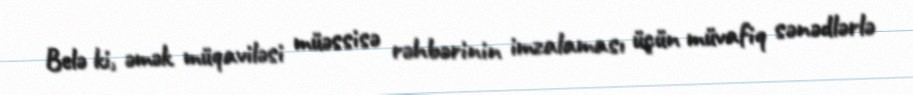
Belə ki, əmək müqaviləsi müəssisə rəhbərinin imzalaması üçün müvafiq sənədlərlə